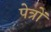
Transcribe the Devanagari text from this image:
पेत्रों